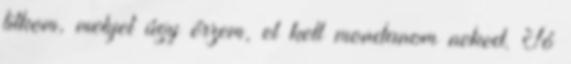
titkom, melyet úgy érzem, el kell mondanom neked. Jó